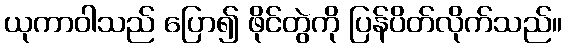
ယုကာဝါသည် ပြော၍ ဖိုင်တွဲကို ပြန်ပိတ်လိုက်သည်။